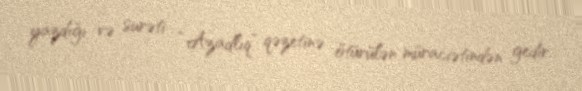
yazdığı və surəti “Azadlıq” qəzetinə ötürülən müraciətindən gedir.